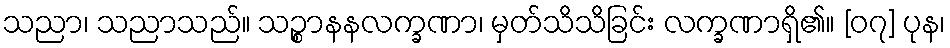
သညာ၊ သညာသည်။ သဉ္စာနနလက္ခဏာ၊ မှတ်သိသိခြင်း လက္ခဏာရှိ၏။ [၀၇] ပုန၊